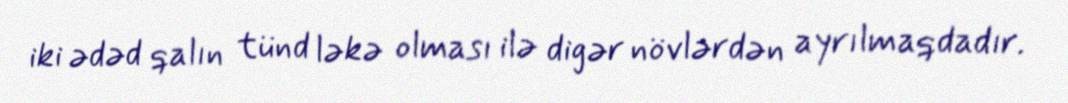
iki ədəd qalın tünd ləkə olması ilə digər növlərdən ayrılmaqdadır.